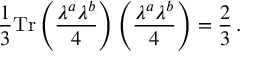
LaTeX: \frac { 1 } { 3 } \mathrm { T r } \left( \frac { \lambda ^ { a } \lambda ^ { b } } { 4 } \right) \left( \frac { \lambda ^ { a } \lambda ^ { b } } { 4 } \right) = \frac { 2 } { 3 } \, .